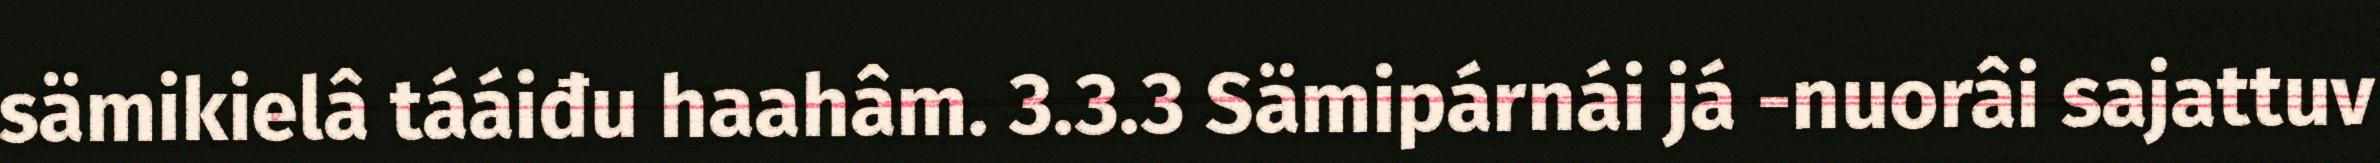
sämikielâ tááiđu haahâm. 3.3.3 Sämipárnái já -nuorâi sajattuv